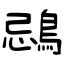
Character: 鵋